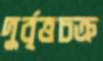
দুর্বৃত্তচক্র